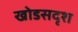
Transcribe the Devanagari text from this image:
खोडसदृश